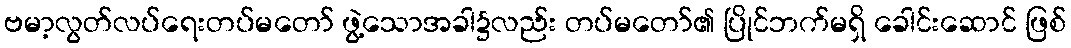
ဗမာ့လွတ်လပ်ရေးတပ်မတော် ဖွဲ့သောအခါ၌လည်း တပ်မတော်၏ ပြိုင်ဘက်မရှိ ခေါင်းဆောင် ဖြစ်